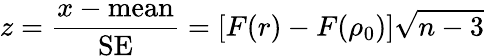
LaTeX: z={\frac{x-{\mathrm{mean}}}{\mathrm{SE}}}=[F(r)-F(\rho_{0})]{\sqrt{n-3}}